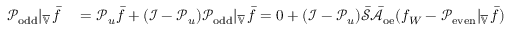
\begin{array} { r l } { \mathcal { P } _ { \mathrm { o d d } } | _ { \overline { { \mathbb { V } } } } \, \bar { f } } & { { } = \mathcal { P } _ { u } \bar { f } + ( \mathcal { I } - \mathcal { P } _ { u } ) \mathcal { P } _ { \mathrm { o d d } } | _ { \overline { { \mathbb { V } } } } \, \bar { f } = 0 + ( \mathcal { I } - \mathcal { P } _ { u } ) \bar { \mathcal { S } } \bar { \mathcal { A } } _ { \mathrm { o e } } ( f _ { W } - \mathcal { P } _ { \mathrm { e v e n } } | _ { \overline { { \mathbb { V } } } } \, \bar { f } ) } \end{array}